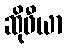
ဆိုဖီယာ